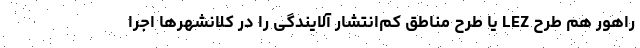
راهور هم طرح LEZ یا طرح مناطق کم‌انتشار آلایندگی را در کلانشهرها اجرا